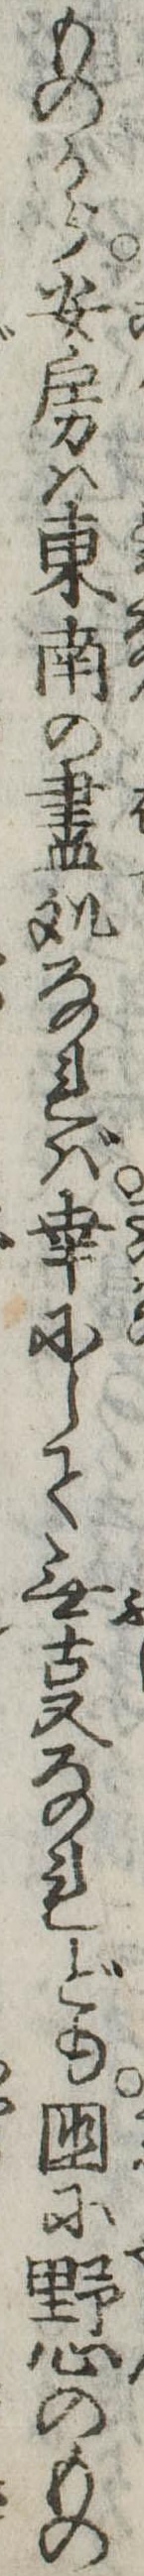
ものから安房は東南の尽処なれば幸にして無事なれども国に野心のもの